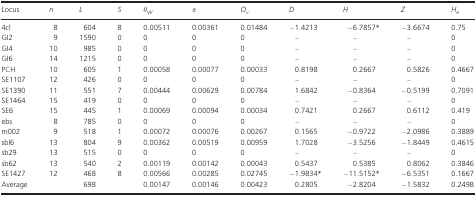
<table><thead><tr><td><b>Locus</b></td><td><b><i>n</i></b></td><td><b><i>L</i></b></td><td><b><i>S</i></b></td><td><b>θ<sub><i>W</i></sub></b></td><td><b>π</b></td><td><b><i>O</i><sub><i>h</i></sub></b></td><td><b><i>D</i></b></td><td><b><i>H</i></b></td><td><b><i>Z</i></b></td><td><b><i>H</i><sub>e</sub></b></td></tr></thead><tbody><tr><td>4cl</td><td>8</td><td>604</td><td>8</td><td>0.00511</td><td>0.00361</td><td>0.01484</td><td>−1.4213</td><td>−6.7857*</td><td>−3.6674</td><td>0.75</td></tr><tr><td>GI2</td><td>9</td><td>1590</td><td>0</td><td>0</td><td>0</td><td>0</td><td>–</td><td>–</td><td>–</td><td>0</td></tr><tr><td>GI4</td><td>10</td><td>985</td><td>0</td><td>0</td><td>0</td><td>0</td><td>–</td><td>–</td><td>–</td><td>0</td></tr><tr><td>GI6</td><td>14</td><td>1215</td><td>0</td><td>0</td><td>0</td><td>0</td><td>–</td><td>–</td><td>–</td><td>0</td></tr><tr><td>PCH</td><td>10</td><td>605</td><td>1</td><td>0.00058</td><td>0.00077</td><td>0.00033</td><td>0.8198</td><td>0.2667</td><td>0.5826</td><td>0.4667</td></tr><tr><td>SE1107</td><td>12</td><td>426</td><td>0</td><td>0</td><td>0</td><td>0</td><td>–</td><td>–</td><td>–</td><td>0</td></tr><tr><td>SE1390</td><td>11</td><td>551</td><td>7</td><td>0.00444</td><td>0.00629</td><td>0.00784</td><td>1.6842</td><td>−0.8364</td><td>−0.5199</td><td>0.7091</td></tr><tr><td>SE1464</td><td>15</td><td>419</td><td>0</td><td>0</td><td>0</td><td>0</td><td>–</td><td>–</td><td>–</td><td>0</td></tr><tr><td>SE6</td><td>15</td><td>445</td><td>1</td><td>0.00069</td><td>0.00094</td><td>0.00034</td><td>0.7421</td><td>0.2667</td><td>0.6112</td><td>0.419</td></tr><tr><td>ebs</td><td>8</td><td>785</td><td>0</td><td>0</td><td>0</td><td>0</td><td>–</td><td>–</td><td>–</td><td>0</td></tr><tr><td>m002</td><td>9</td><td>518</td><td>1</td><td>0.00072</td><td>0.00076</td><td>0.00267</td><td>0.1565</td><td>−0.9722</td><td>−2.0986</td><td>0.3889</td></tr><tr><td>sbl6</td><td>13</td><td>804</td><td>9</td><td>0.00362</td><td>0.00519</td><td>0.00959</td><td>1.7028</td><td>−3.5256</td><td>−1.8449</td><td>0.4615</td></tr><tr><td>sb29</td><td>13</td><td>515</td><td>0</td><td>0</td><td>0</td><td>0</td><td>–</td><td>–</td><td>–</td><td>0</td></tr><tr><td>sb62</td><td>13</td><td>540</td><td>2</td><td>0.00119</td><td>0.00142</td><td>0.00043</td><td>0.5437</td><td>0.5385</td><td>0.8062</td><td>0.3846</td></tr><tr><td>SE1427</td><td>12</td><td>468</td><td>8</td><td>0.00566</td><td>0.00285</td><td>0.02745</td><td>−1.9834*</td><td>−11.5152*</td><td>−6.5351</td><td>0.1667</td></tr><tr><td>Average</td><td></td><td>698</td><td></td><td>0.00147</td><td>0.00146</td><td>0.00423</td><td>0.2805</td><td>−2.8204</td><td>−1.5832</td><td>0.2498</td></tr></tbody></table>